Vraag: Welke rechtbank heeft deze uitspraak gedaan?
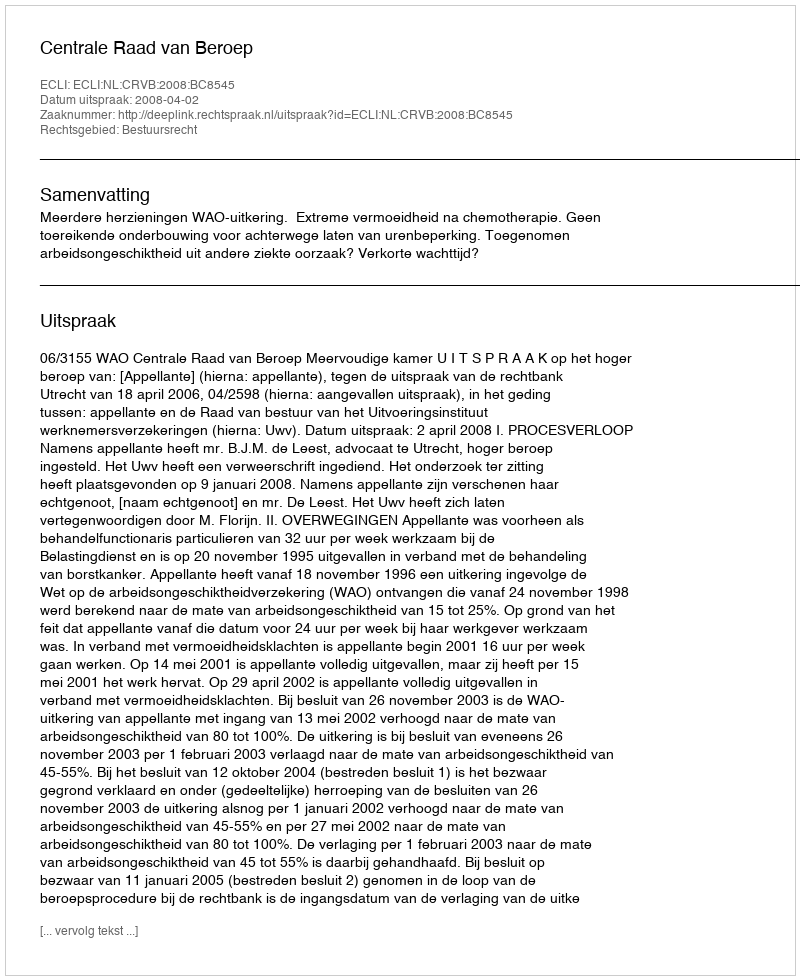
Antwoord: Centrale Raad van Beroep